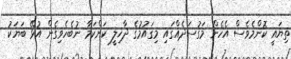
ތިޔައީ ކޮންމެވެސް އެހެން މަގުސަދެއްގައި މިގައުމުގެ ދާޚިލީ ކަންކަމާ ނުބެހެވިގެން އުޅޭ ބަޔަކު